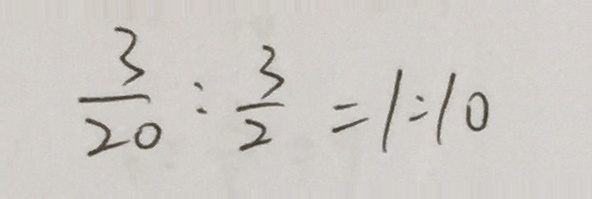
\frac { 3 } { 2 0 } : \frac { 3 } { 2 } = 1 : 1 0